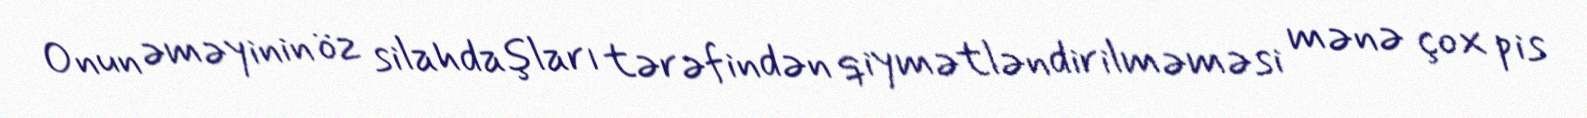
Onun əməyinin öz silahdaşları tərəfindən qiymətləndirilməməsi mənə çox pis